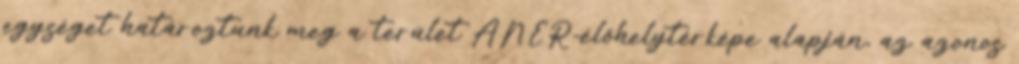
egységet határoztunk meg a terület ÁNÉR-élőhelytérképe alapján, az azonos